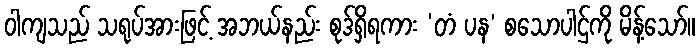
ဝါကျသည် သရုပ်အားဖြင့် အဘယ်နည်း စုဒ်ရှိရကား ‘တံ ပန’ စသောပါဌ်ကို မိန့်သော်။